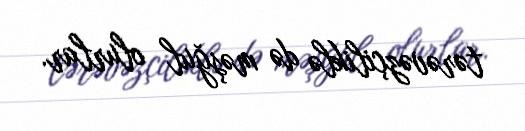
tərəvəzçiliklə də məşğul olurlar.